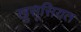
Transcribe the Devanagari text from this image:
खु़सूसियत